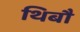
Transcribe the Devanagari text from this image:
थिबौ